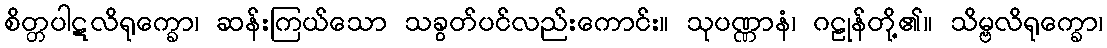
စိတ္တပါဋလိရုက္ခော၊ ဆန်းကြယ်သော သခွတ်ပင်လည်းကောင်း။ သုပဏ္ဏာနံ၊ ဂဠုန်တို့၏။ သိမ္ဗလိရုက္ခော၊